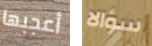
أعجبها سؤالا